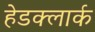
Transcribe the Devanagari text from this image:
हेडक्लार्क